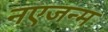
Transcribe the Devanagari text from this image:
नएजन्म